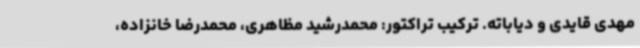
مهدی قایدی و دیاباته. ترکیب تراکتور: محمدرشید مظاهری، محمدرضا خانزاده،